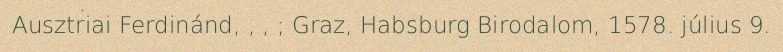
Ausztriai Ferdinánd, , , ; Graz, Habsburg Birodalom, 1578. július 9.